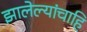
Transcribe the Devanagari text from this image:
झालेल्यांचाहि